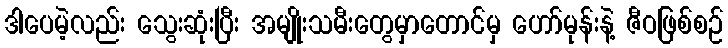
ဒါပေမဲ့လည်း သွေးဆုံးပြီး အမျိုးသမီးတွေမှာတောင်မှ ဟော်မုန်းနဲ့ ဇီဝဖြစ်စဉ်